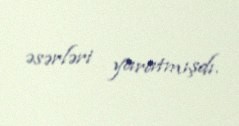
əsərləri yaratmışdı.